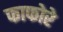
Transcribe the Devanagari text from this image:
फाफोरे